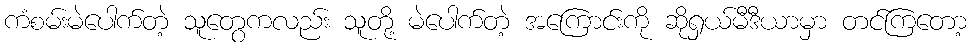
ကံစမ်းမဲပေါက်တဲ့ သူတွေကလည်း သူတို့ မဲပေါက်တဲ့ အကြောင်းကို ဆိုရှယ်မီဒီယာမှာ တင်ကြတော့